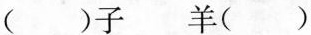
()子 羊()